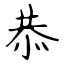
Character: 恭